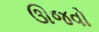
ઊજવો